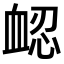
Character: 𧖷